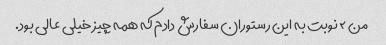
من ۲ نوبت به این رستوران سفارش دادم که همه چیز خیلی عالی بود.